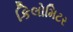
કિલોમિટર